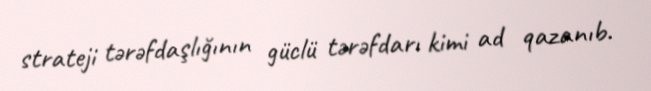
strateji tərəfdaşlığının güclü tərəfdarı kimi ad qazanıb.